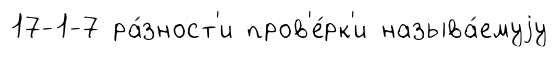
17-1-7 ра́зност'и пров'е́рк'и называ́емуjу